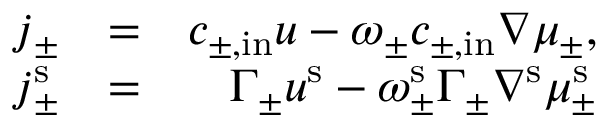
\begin{array} { r l r } { \boldsymbol { j } _ { \pm } } & { = } & { c _ { \pm , \mathrm { i n } } \boldsymbol { u } - \omega _ { \pm } c _ { \pm , \mathrm { i n } } \nabla \mu _ { \pm } , } \\ { \boldsymbol { j } _ { \pm } ^ { \mathrm { s } } } & { = } & { \Gamma _ { \pm } \boldsymbol { u } ^ { \mathrm { s } } - \omega _ { \pm } ^ { \mathrm { s } } \Gamma _ { \pm } \nabla ^ { \mathrm { s } } \mu _ { \pm } ^ { \mathrm { s } } } \end{array}